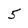
Character: 5